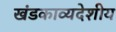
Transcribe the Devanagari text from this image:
खंडकाव्यदेशीय